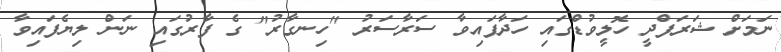
ނަމަށް ޝަރަފްދީ ހޮލީވުޑްގައި ހަދާފައިވާ ސަރާސަރު "ހިނގާރު" ގެ ފާރުގައި ނަން ލިޔެފައިވާ